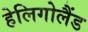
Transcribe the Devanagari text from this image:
हेलिगोलैंड